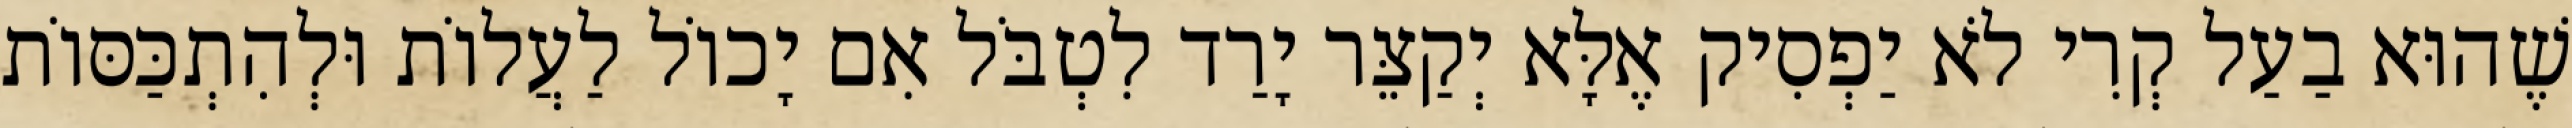
שֶׁהוּא בַעַל קְרִי לֹא יַפְסִיק אֶלָּא יְקַצֵּר יָרַד לִטְבֹּל אִם יָכוֹל לַעֲלוֹת וּלְהִתְכַּסּוֹת